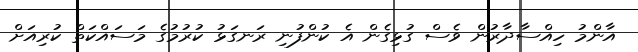
އާންމު ހިއްސާދާރުން ވެސް ގުޅިގެން އެ ކުންފުނި ރަނގަޅު ކުރުމުގެ މަސައްކަތް ކުރިއަށް